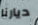
ديارنا